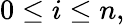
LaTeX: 0\leq i\leq n,